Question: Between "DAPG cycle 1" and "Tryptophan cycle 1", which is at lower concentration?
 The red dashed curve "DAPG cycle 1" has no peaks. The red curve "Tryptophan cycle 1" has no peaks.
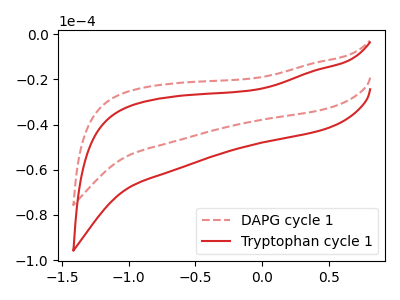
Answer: <think>Neither "DAPG cycle 1" or "Tryptophan cycle 1" have any peaks.
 </think>
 <answer>I cant tell if "DAPG cycle 1" or "Tryptophan cycle 1" has higher concentration.</answer>
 <eval>mixed_concentration</eval>